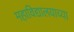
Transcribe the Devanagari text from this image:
महाविद्यालयाच्या